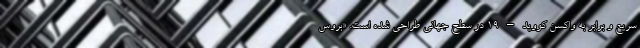
سریع و برابر به واکسن کووید – ۱۹ در سطح جهانی طراحی شده است. «بروس